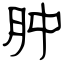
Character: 肿